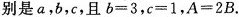
别是a，b，c，且$$b=3$$，$$c=1$$，$$A=2B$$.